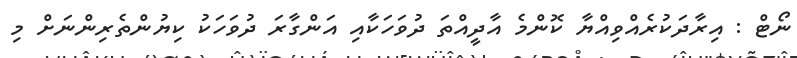
ނޯޓް : އިރާދަކުރެއްވިއްޔާ ކޮންމެ އާދީއްތަ ދުވަހަކާއި އަންގާރަ ދުވަހަކު ކިޔުންތެރިންނަށް މި